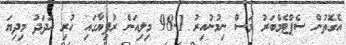
އެގޮތުން ސެޕްޓެމްބަރު މަސް ނިމުނުއިރު 98.1 މިލިއަން ރުފިޔާގައި ހުރި އަދަދު މިދިޔަ